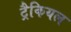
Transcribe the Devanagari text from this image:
ट्रैकियल